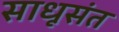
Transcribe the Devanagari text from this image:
साधूसंत